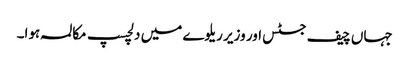
جہاں چیف جسٹس اور وزیر ریلوے میں دلچسپ مکالمہ ہوا۔